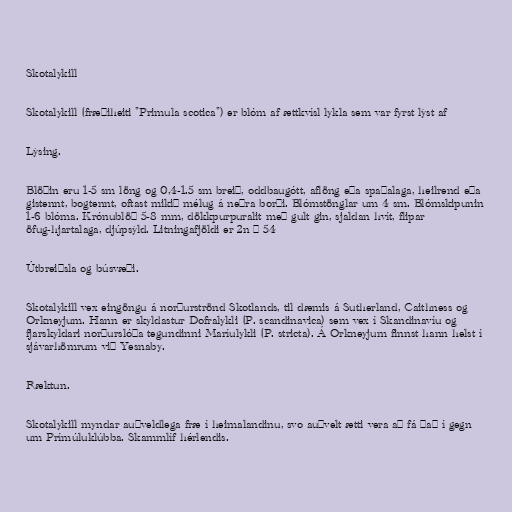
Skotalykill

Skotalykill (fræðiheiti "Primula scotica") er blóm af ættkvísl lykla sem var fyrst lýst af

Lýsing.

Blöðin eru 1-5 sm löng og 0,4-1.5 sm breið, oddbaugótt, aflöng eða spaðalaga, heilrend eða
gistennt, bogtennt, oftast mikið mélug á neðra borði. Blómstönglar um 4 sm. Blómskipunin
1-6 blóma. Krónublöð 5-8 mm, dökkpurpuralit með gult gin, sjaldan hvít, flipar
öfug-hjartalaga, djúpsýld. Litningafjöldi er 2n = 54

Útbreiðsla og búsvæði.

Skotalykill vex eingöngu á norðurströnd Skotlands, til dæmis á Sutherland, Caithness og
Orkneyjum. Hann er skyldastur Dofralykli (P. scandinavica) sem vex í Skandinavíu og
fjarskyldari norðurslóða tegundinni Maríulykli (P. stricta). Á Orkneyjum finnst hann helst í
sjávarhömrum við Yesnaby.

Ræktun.

Skotalykill myndar auðveldlega fræ í heimalandinu, svo auðvelt ætti vera að fá það í gegn
um Prímúluklúbba. Skammlíf hérlendis.